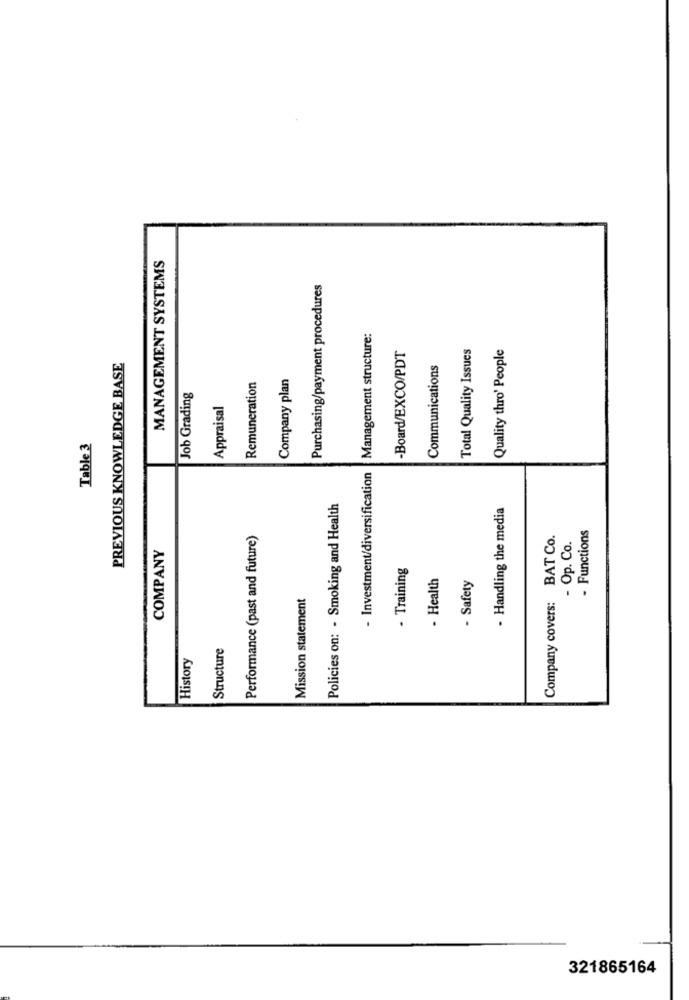
MANAGEMENT SYSTEMS
Purchasing/payment procedures
Management structure:
-Board/EXCO/PDT
Total Quality Issues
Quality thro' People
PREVIOUS KNOWLEDGE BASE
Communications
Company plan
Remuneration
Job Grading
Appraisal
Table 3
- Investment/diversification
Policies on: - Smoking and Health
- Handling the media
- Functions
Performance (past and future)
Company covers: BAT Co.
COMPANY
- Op. Co.
- Training
- Health
- Safety
Mission statement
Structure
History
321865164